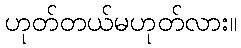
ဟုတ်တယ်မဟုတ်လား။